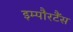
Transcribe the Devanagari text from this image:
इम्पौरटैंस